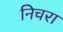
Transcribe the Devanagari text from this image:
निचरा